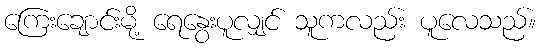
ကြေးချောင်းမို့ ရေနွေးပူလျှင် သူကလည်း ပူလေသည်။